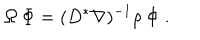
\Omega \: \Phi = ( D ^ { * } \nabla ) ^ { - 1 } \rho \: \Phi \; .